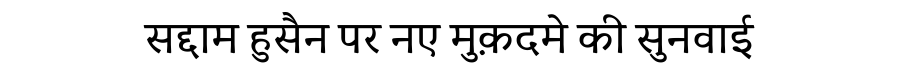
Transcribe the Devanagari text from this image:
सद्दाम हुसैन पर नए मुक़दमे की सुनवाई